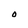
Character: O